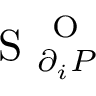
\mathrm { ~ S ~ } _ { \partial _ { i } P } ^ { \mathrm { ~ O ~ } }